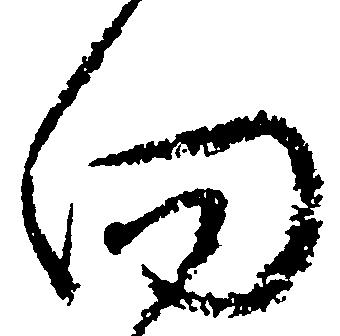
向